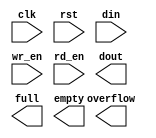
module cpu_op_fifo(
	clk,
	rst,
	din,
	wr_en,
	rd_en,
	dout,
	full,
	overflow,
	empty);


input clk;
input rst;
input [11 : 0] din;
input wr_en;
input rd_en;
output [11 : 0] dout;
output full;
output overflow;
output empty;

// synthesis translate_off

      FIFO_GENERATOR_V5_3 #(
		.C_COMMON_CLOCK(1),
		.C_COUNT_TYPE(0),
		.C_DATA_COUNT_WIDTH(7),
		.C_DEFAULT_VALUE("BlankString"),
		.C_DIN_WIDTH(12),
		.C_DOUT_RST_VAL("0"),
		.C_DOUT_WIDTH(12),
		.C_ENABLE_RLOCS(0),
		.C_ENABLE_RST_SYNC(1),
		.C_ERROR_INJECTION_TYPE(0),
		.C_FAMILY("virtex5"),
		.C_FULL_FLAGS_RST_VAL(1),
		.C_HAS_ALMOST_EMPTY(0),
		.C_HAS_ALMOST_FULL(0),
		.C_HAS_BACKUP(0),
		.C_HAS_DATA_COUNT(0),
		.C_HAS_INT_CLK(0),
		.C_HAS_MEMINIT_FILE(0),
		.C_HAS_OVERFLOW(1),
		.C_HAS_RD_DATA_COUNT(0),
		.C_HAS_RD_RST(0),
		.C_HAS_RST(1),
		.C_HAS_SRST(0),
		.C_HAS_UNDERFLOW(0),
		.C_HAS_VALID(0),
		.C_HAS_WR_ACK(0),
		.C_HAS_WR_DATA_COUNT(0),
		.C_HAS_WR_RST(0),
		.C_IMPLEMENTATION_TYPE(0),
		.C_INIT_WR_PNTR_VAL(0),
		.C_MEMORY_TYPE(2),
		.C_MIF_FILE_NAME("BlankString"),
		.C_MSGON_VAL(1),
		.C_OPTIMIZATION_MODE(0),
		.C_OVERFLOW_LOW(0),
		.C_PRELOAD_LATENCY(0),
		.C_PRELOAD_REGS(1),
		.C_PRIM_FIFO_TYPE("512x36"),
		.C_PROG_EMPTY_THRESH_ASSERT_VAL(4),
		.C_PROG_EMPTY_THRESH_NEGATE_VAL(5),
		.C_PROG_EMPTY_TYPE(0),
		.C_PROG_FULL_THRESH_ASSERT_VAL(63),
		.C_PROG_FULL_THRESH_NEGATE_VAL(62),
		.C_PROG_FULL_TYPE(0),
		.C_RD_DATA_COUNT_WIDTH(7),
		.C_RD_DEPTH(64),
		.C_RD_FREQ(1),
		.C_RD_PNTR_WIDTH(6),
		.C_UNDERFLOW_LOW(0),
		.C_USE_DOUT_RST(0),
		.C_USE_ECC(0),
		.C_USE_EMBEDDED_REG(0),
		.C_USE_FIFO16_FLAGS(0),
		.C_USE_FWFT_DATA_COUNT(1),
		.C_VALID_LOW(0),
		.C_WR_ACK_LOW(0),
		.C_WR_DATA_COUNT_WIDTH(7),
		.C_WR_DEPTH(64),
		.C_WR_FREQ(1),
		.C_WR_PNTR_WIDTH(6),
		.C_WR_RESPONSE_LATENCY(1))
	inst (
		.CLK(clk),
		.RST(rst),
		.DIN(din),
		.WR_EN(wr_en),
		.RD_EN(rd_en),
		.DOUT(dout),
		.FULL(full),
		.OVERFLOW(overflow),
		.EMPTY(empty),
		.BACKUP(0),
		.BACKUP_MARKER(0),
		.SRST(0),
		.WR_CLK(0),
		.WR_RST(0),
		.RD_CLK(0),
		.RD_RST(0),
		.PROG_EMPTY_THRESH(0),
		.PROG_EMPTY_THRESH_ASSERT(0),
		.PROG_EMPTY_THRESH_NEGATE(0),
		.PROG_FULL_THRESH(0),
		.PROG_FULL_THRESH_ASSERT(0),
		.PROG_FULL_THRESH_NEGATE(0),
		.INT_CLK(0),
		.INJECTDBITERR(0),
		.INJECTSBITERR(0),
		.ALMOST_FULL(),
		.WR_ACK(),
		.ALMOST_EMPTY(),
		.VALID(),
		.UNDERFLOW(),
		.DATA_COUNT(),
		.RD_DATA_COUNT(),
		.WR_DATA_COUNT(),
		.PROG_FULL(),
		.PROG_EMPTY(),
		.SBITERR(),
		.DBITERR());


// synthesis translate_on

endmodule